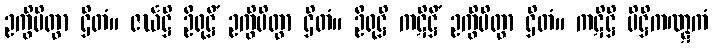
ဥက္ခိပိတွာ ဌိတံ။ ဇင်္ဃဋ္ဌိ ဦရုဋ္ဌိံ ဥက္ခိပိတွာ ဌိတံ။ ဦရုဋ္ဌိ ကဋိဋ္ဌိံ ဥက္ခိပိတွာ ဌိတံ။ ကဋိဋ္ဌိ ပိဋ္ဌိကဏ္ဋကံ